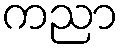
ကညာ